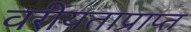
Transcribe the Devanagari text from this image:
वरीयताप्राप्त